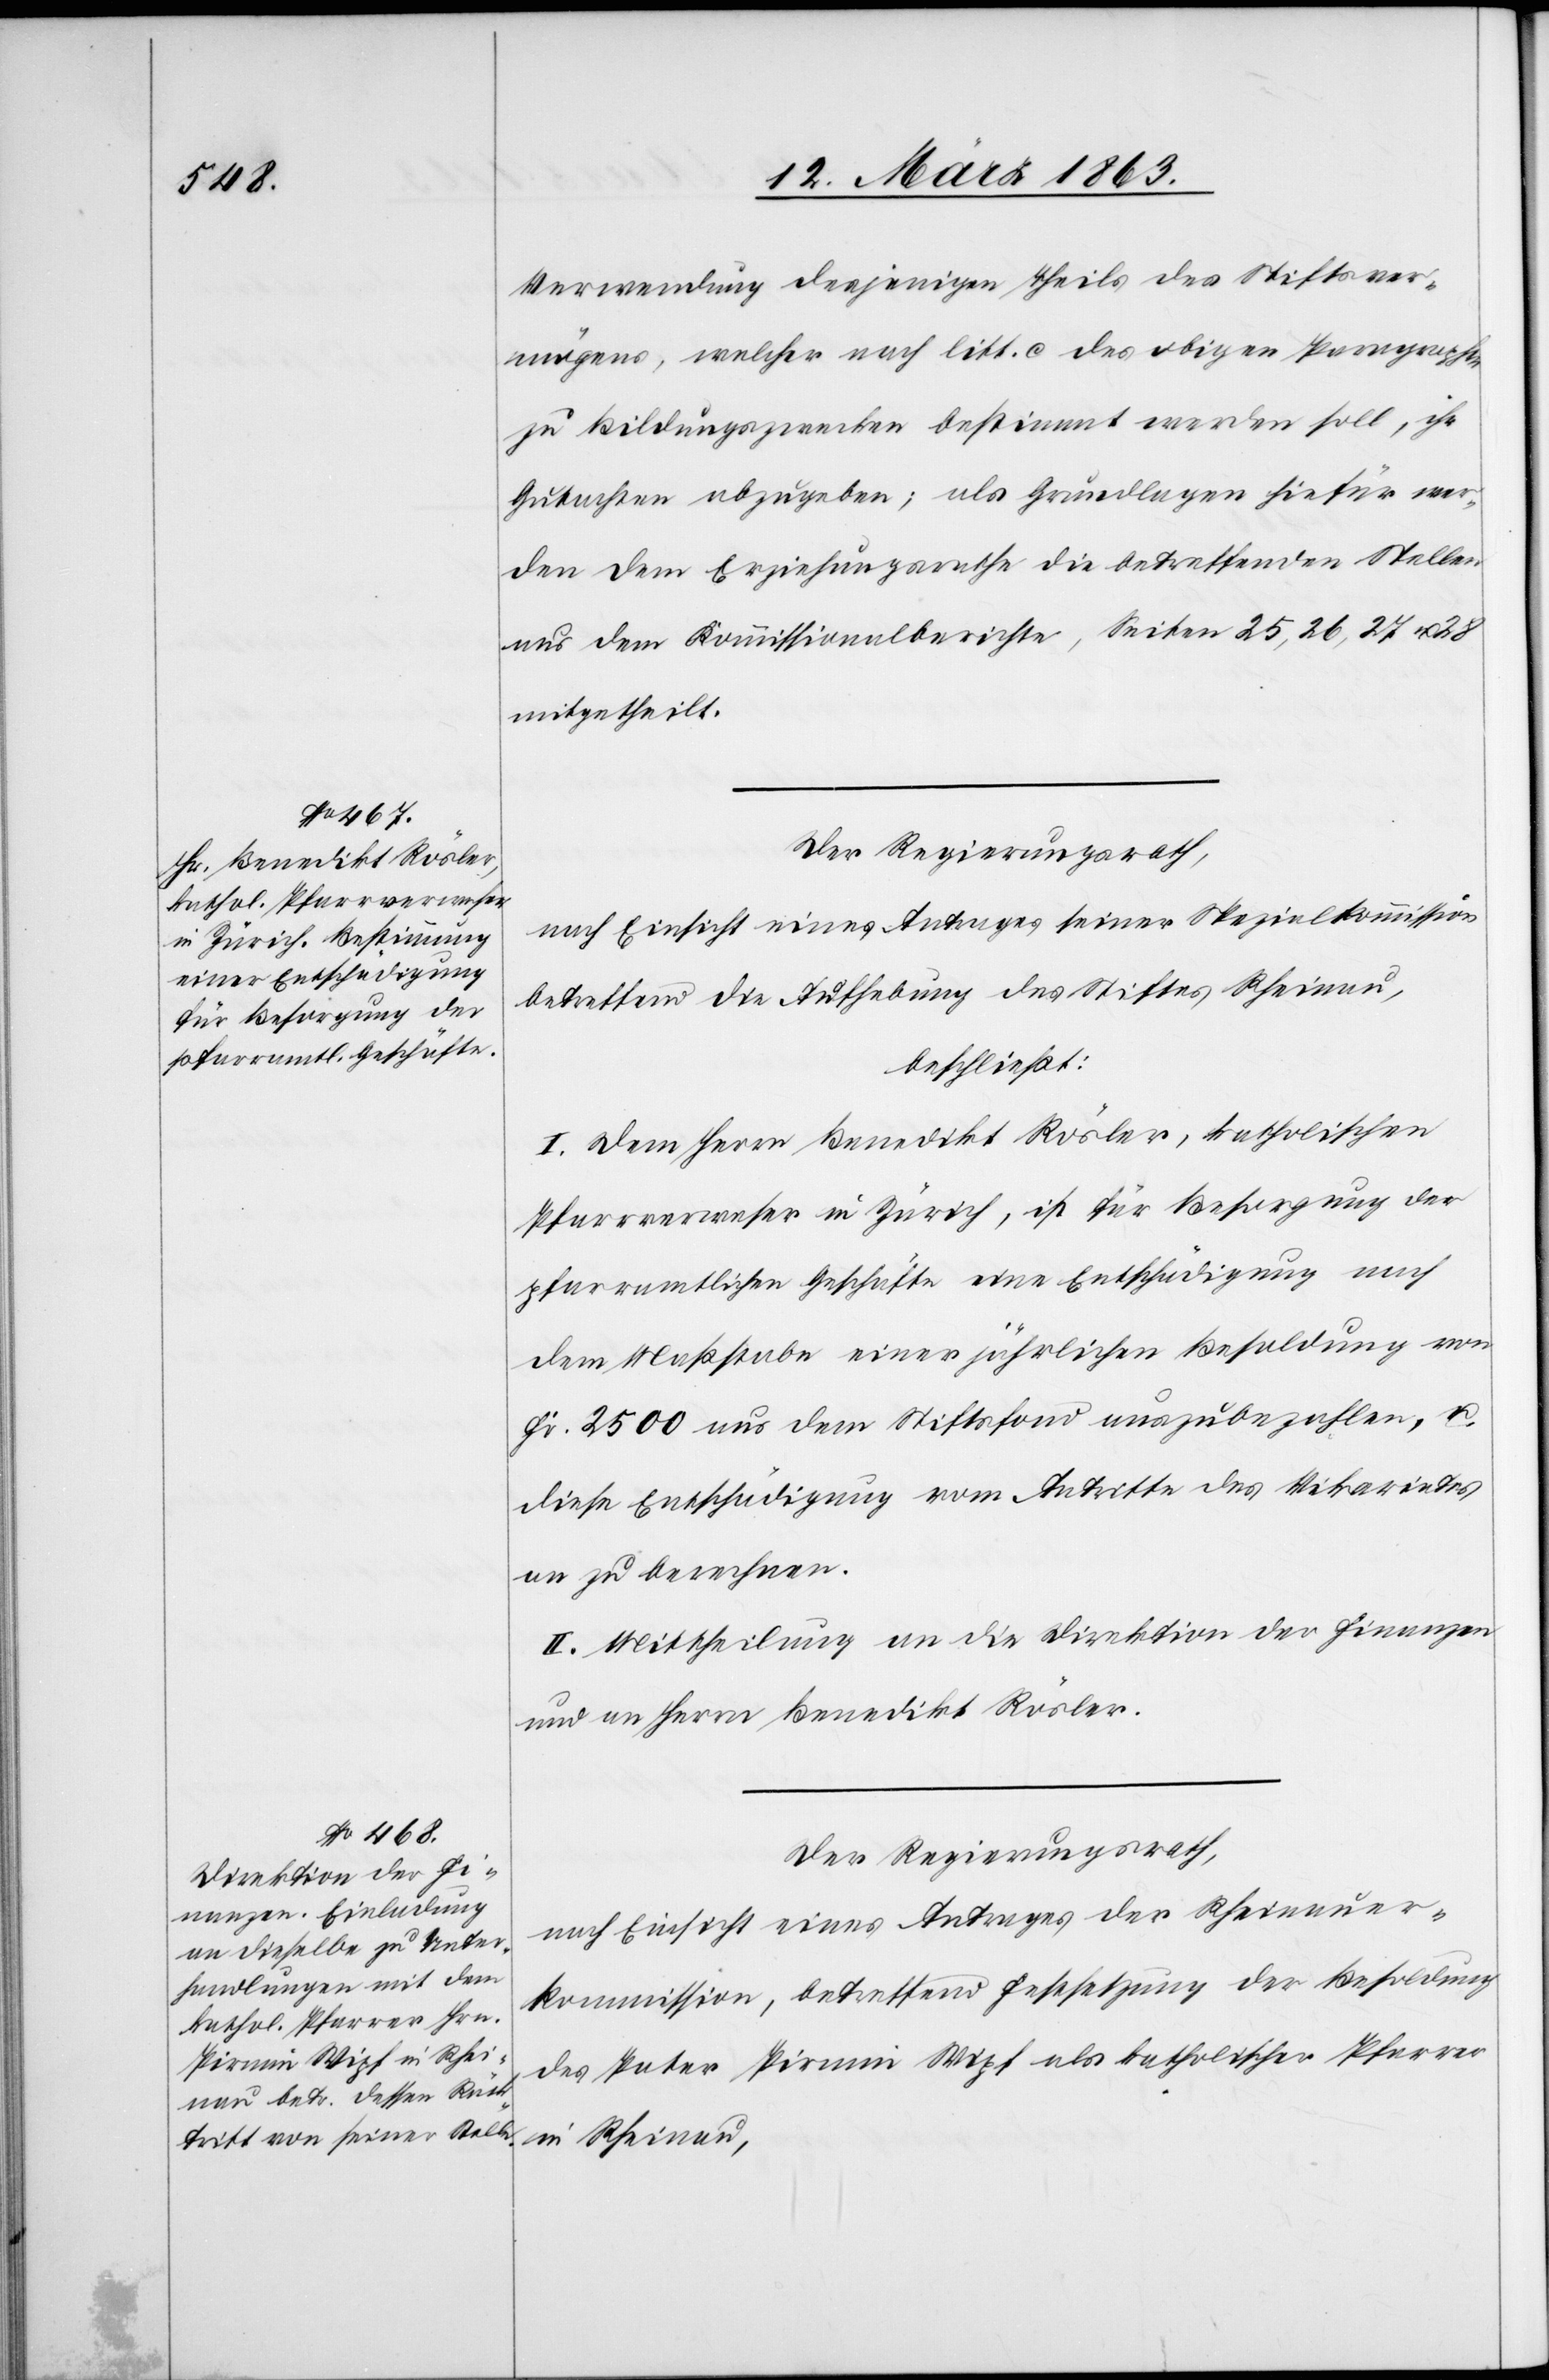
Verwendung desjenigen Theils des Stiftsver¬
mögens, welcher nach litt. c des obigen Paragraphen
zu Bildungszwecken bestimmt werden soll, ihr
Gutachten abzugeben; als Grundlagen hiefür wer¬
den dem Erziehungsrathe die betreffenden Stellen
aus dem Kommissionalberichte, Seiten 25, 26, 27 u. 28
mitgetheilt.
nach Einsicht eines Antrages seiner Spezialkommission
betreffend die Aufhebung des Stiftes Rheinau,
beschließt:
I. Dem Herrn Benedikt Rösler, katholischen
Pfarrverweser in Zürich, ist für Besorgung der
pfarramtlichen Geschäfte eine Entschädigung nach
dem Maßstabe einer jährlichen Besoldung von
Fr. 2500 aus dem Stiftsfond auszubezahlen, u.
diese Entschädigung vom Antritte des Vikariates
an zu berechnen.
II. Mittheilung an die Direktion der Finanzen
und an Herrn Benedikt Rösler.
Der Regierungsrath,
nach Einsicht eines Antrages der Rheinauer¬
kommission, betreffend Festsetzung der Besoldung
des Pater Pirmin Wipf als katholischer Pfarrer